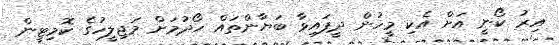
އިރު ކޯނީ އަށް އެކި މީހުން ދީފައިވާ ބަޔާންތައް ހޯދުމަށް މަޖިލީހުގެ ކޮމިޓީން